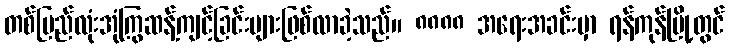
တစ်ပြည်လုံးအုံကြွဆန့်ကျင့်ခြင်းများဖြစ်လာခဲ့သည်။ ၈၈၈၈ အရေးအခင်းမှာ ရန်ကုန်မြို့တွင်